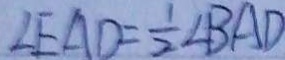
\angle E A D = \frac { 1 } { 2 } \angle B A D